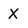
Character: X